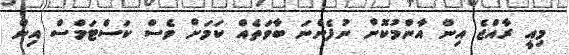
މިއީ ރާއްޖެ އިން އާންމުކޮށް ނުފެންނަ ބާވަތެއް ކަމަށް ވެސް ކަސްޓަމްސް އިން